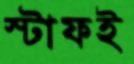
স্টাফই